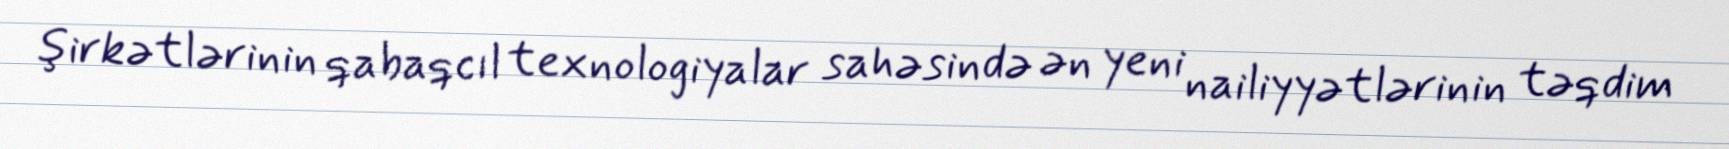
şirkətlərinin qabaqcıl texnologiyalar sahəsində ən yeni nailiyyətlərinin təqdim